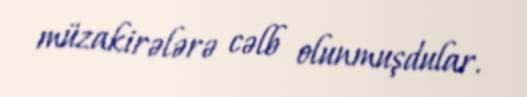
müzakirələrə cəlb olunmuşdular.